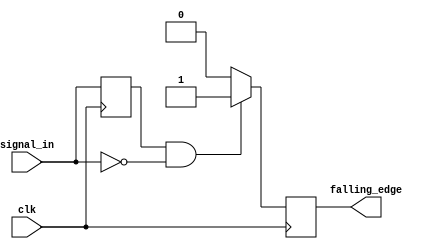
module falling_edge_detector (
    input wire clk,          // Clock signal
    input wire signal_in,    // Input signal to detect falling edge
    output reg falling_edge   // Output pulse indicating falling edge
);

    // Internal register to hold the previous state of signal_in
    reg prev_signal;

    // Always block triggered on the rising edge of the clock
    always @(posedge clk) begin
        // Update the previous signal state
        prev_signal <= signal_in;

        // Falling edge detection logic
        if (prev_signal == 1'b1 && signal_in == 1'b0) begin
            falling_edge <= 1'b1; // Set falling_edge high for one clock cycle
        end else begin
            falling_edge <= 1'b0; // Reset falling_edge
        end
    end

endmodule